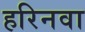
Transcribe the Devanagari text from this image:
हरिनवा